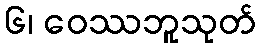
၆၊ ဝေဿဘူသုတ်